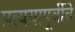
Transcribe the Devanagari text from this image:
प्रत्ययापूर्वीचे